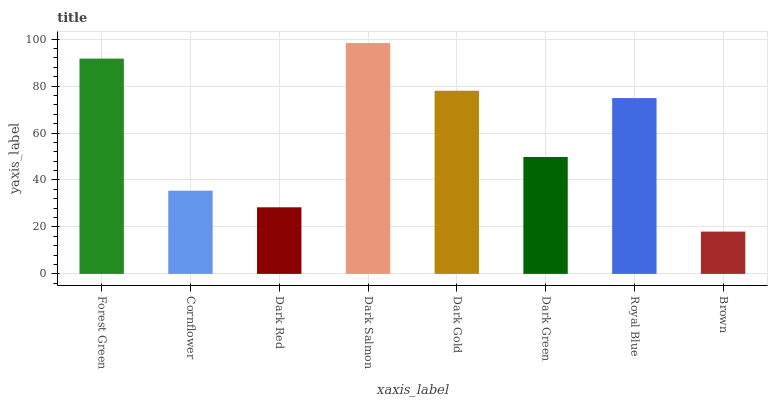
| xaxis_label | bars |
 | --- | --- |
 | Forest Green | 91.7 |
 | Cornflower | 35.4 |
 | Dark Red | 28.4 |
 | Dark Salmon | 98.3 |
 | Dark Gold | 78 |
 | Dark Green | 49.8 |
 | Royal Blue | 74.9 |
 | Brown | 18 |